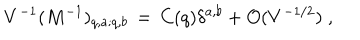
LaTeX: V ^ { - 1 } ( M ^ { - 1 } ) _ { q , a ; q , b } \, = \, C ( q ) \delta ^ { a , b } + { \cal O } ( V ^ { - 1 / 2 } ) \; \mathrm { , }